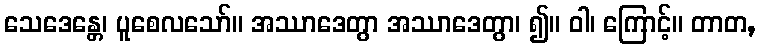
သေဒေန္တေ၊ ပူစေလသော်။ အဿာဒေတွာ အဿာဒေတွာ၊ ၍။ ဝါ၊ ကြောင့်။ တာတ,